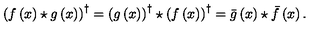
\left( f \left( x \right) \star g \left( x \right) \right) ^ { \dagger } = \left( g \left( x \right) \right) ^ { \dagger } \star \left( f \left( x \right) \right) ^ { \dagger } = \bar { g } \left( x \right) \star \bar { f } \left( x \right) .